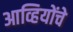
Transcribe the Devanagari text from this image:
आव्हियोंचे